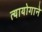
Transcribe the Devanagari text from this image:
त्यायोगाने